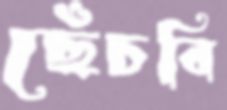
ছেঁচবি